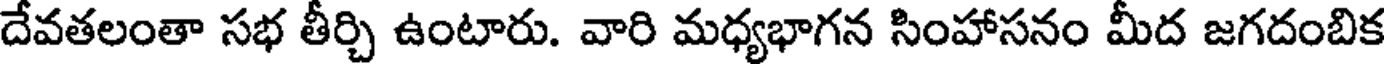
దేవతలంతా సభ తీర్చి ఉంటారు. వారి మధ్యభాగన సింహాసనం మీద జగదంబిక